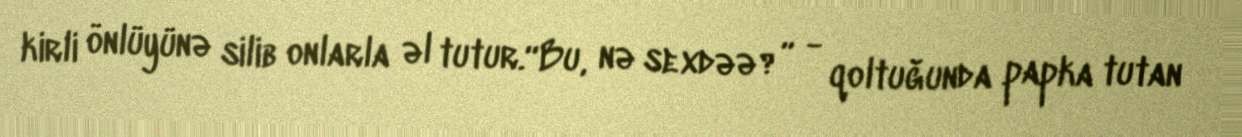
kirli önlüyünə silib onlarla əl tutur.“Bu, nə sexdəə?” - qoltuğunda papka tutan